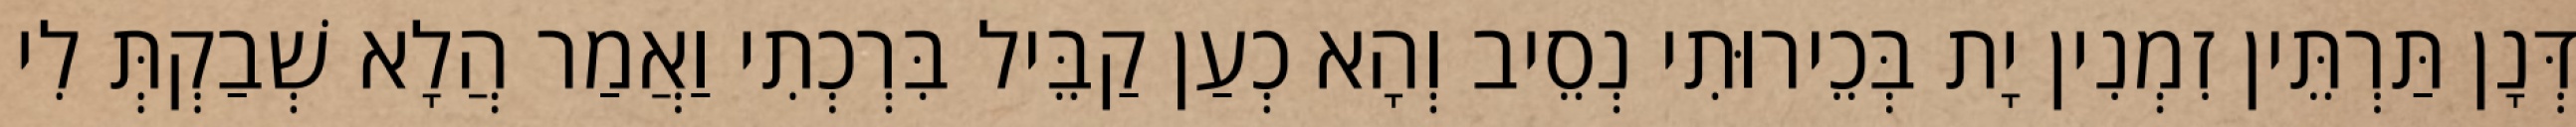
דְּנָן תַּרְתֵּין זִמְנִין יָת בְּכֵירוּתִי נְסֵיב וְהָא כְעַן קַבֵּיל בִּרְכְתִי וַאֲמַר הֲלָא שְׁבַקְתְּ לִי